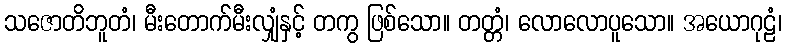
သဇောတိဘူတံ၊ မီးတောက်မီးလျှံနှင့် တကွ ဖြစ်သော။ တတ္တံ၊ လောလောပူသော။ အယောဂုဠံ၊